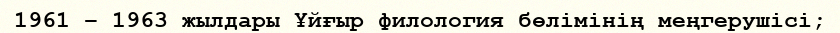
1961 – 1963 жылдары Ұйғыр филология бөлімінің меңгерушісі;